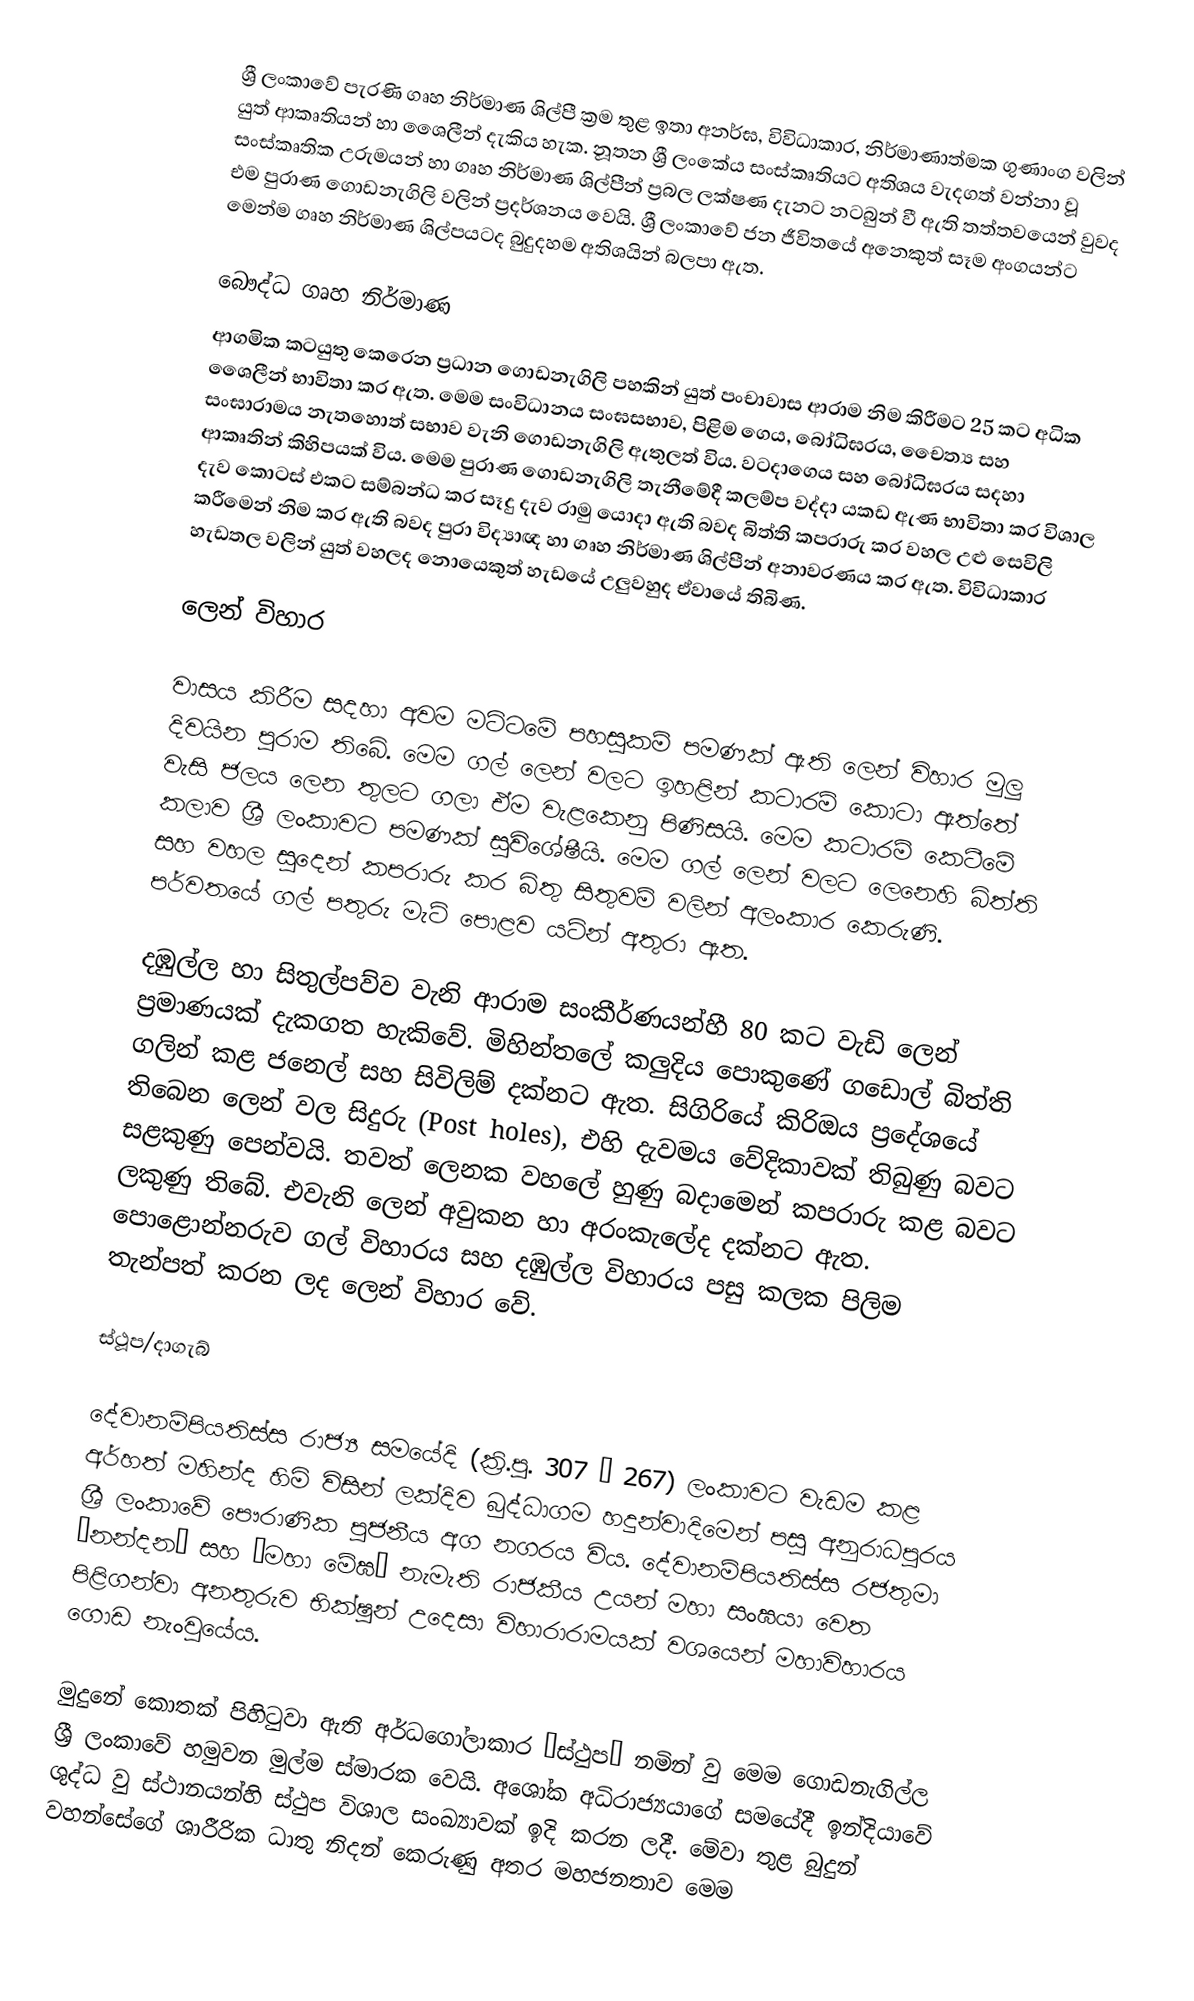
ශ්‍රී ලංකාවේ පැරණි ගෘහ නිර්මාණ ශිල්පී ක්‍රම තුළ ඉතා අනර්ඝ, විවිධාකාර, නිර්මාණාත්මක ගුණාංග වලින් යුත් ආකෘතියන් හා ශෛලීන් දැකිය හැක. නූතන ශ්‍රී ලංකේය සංස්කෘතියට අතිශය වැදගත් වන්නා වූ සංස්කෘතික උරුමයන් හා ගෘහ නිර්මාණ ශිල්පීන්  ප්‍රබල ලක්ෂණ දැනට නටබුන් වී ඇති තත්තවයෙන් වුවද එම පුරාණ ගොඩනැගිලි වලින් ප්‍රදර්ශනය වෙයි. ශ්‍රී ලංකාවේ ජන ජීවිතයේ අනෙකුත් සෑම අංගයන්ට මෙන්ම ගෘහ නිර්මාණ ශිල්පයටද බුදුදහම අතිශයින් බලපා ඇත.

බෞද්ධ ගෘහ නිර්මාණ
ආගමික කටයුතු කෙරෙන ප්‍රධාන ගොඩනැගිලි පහකින් යුත් පංචාවාස ආරාම නිම කිරීමට 25 කට අධික ශෛලීන් භාවිතා කර ඇත. මෙම සංවිධානය සංඝසභාව, පිළිම ගෙය, බෝධිඝරය, චෛත්‍ය සහ සංඝාරාමය නැතහොත් සභාව වැනි ගොඩනැගිලි ඇතුලත් විය. වටදාගෙය සහ බෝධිඝරය සදහා ආකෘතින් කිහිපයක් විය. මෙම පුරාණ ගොඩනැගිලි තැනීමේදී කලම්ප වද්දා යකඩ ඇණ භාවිතා කර විශාල දැව කොටස් එකට සම්බන්ධ කර සෑදු දැව රාමු යොදා ඇති බවද බිත්ති කපරාරු කර වහල උළු සෙවිලි කරීමෙන් නිම කර ඇති බවද පුරා විද්‍යාඥ හා ගෘහ නිර්මාණ ශිල්පීන් අනාවරණය කර ඇත. විවිධාකාර හැඩතල වලින් යුත් වහලද නොයෙකුත් හැඩයේ උලුවහුද ඒවායේ තිබිණ.

ලෙන් විහාර

වාසය කිරීම සදහා අවම මට්ටමේ පහසුකම් පමණක් ඇති ලෙන් විහාර මුලු දිවයින පුරාම තිබේ. මෙම ගල් ලෙන් වලට ඉහළින් කටාරම් කොටා ඇත්තේ වැසි ජලය ලෙන තුලට ගලා ඒම වැළකෙනු පිණිසයි. මෙම කටාරම් කෙටීමේ කලාව ශ්‍රී ලංකාවට පමණක් සුවිශේෂීයි. මෙම ගල් ලෙන් වලට ලෙනෙහි බිත්ති සහ වහල සුදෙන් කපරාරු කර බිතු සිතුවම් වලින් අලංකාර කෙරුණි. පර්වතයේ ගල් පතුරු මැටි පොළව යටින් අතුරා ඇත.

දඹුල්ල හා සිතුල්පව්ව වැනි ආරාම සංකීර්ණයන්හී 80 කට වැඩි ලෙන් ප්‍රමාණයක් දැකගත හැකිවේ. මිහින්තලේ කලුදිය පොකුණේ ගඩොල් බිත්ති ගලින් කළ ජනෙල් සහ සිවිලිම් දක්නට ඇත. සිගිරියේ කිරිඔය ප්‍රදේශයේ තිබෙන ලෙන් වල සිදුරු (Post holes), එහි දැවමය වේදිකාවක් තිබුණු බවට සළකුණු පෙන්වයි. තවත් ලෙනක වහලේ හුණු බදාමෙන් කපරාරු කළ බවට ලකුණු තිබේ. එවැනි ලෙන් අවුකන හා අරංකැලේද දක්නට ඇත. පොළොන්නරුව ගල් විහාරය සහ දඹුල්ල විහාරය පසු කලක පිලිම තැන්පත් කරන ලද ලෙන් විහාර වේ.

ස්ථූප/දාගැබ්

දේවානම්පියතිස්ස රාජ්‍ය සමයේදි (ක්‍රි.පු. 307 – 267) ලංකාවට වැඩම කළ අර්හත් මහින්ද හිමි විසින් ලක්දිව බුද්ධාගම හදුන්වාදිමෙන් පසු අනුරාධපුරය ශ්‍රී ලංකාවේ පෞරාණික පුජනීය අග නගරය විය. දේවානම්පියතිස්ස රජතුමා “නන්දන” සහ “මහා මේඝ” නැමැති රාජකීය උයන් මහා සංඝයා වෙත පිළිගන්වා අනතුරුව භික්ෂුන් උදෙසා විහාරාරාමයක් වශයෙන් මහාවිහාරය ගොඩ නැංවුයේය.

මුදුනේ කොතක් පිහිටුවා ඇති අර්ධගෝලාකාර “ස්ථුප” නමින් වු මෙම ගොඩනැගිල්ල ශ්‍රී ලංකාවේ හමුවන මුල්ම ස්මාරක වෙයි. අශෝක අධිරාජ්‍යයාගේ සමයේදී ඉන්දි‍යාවේ ශුද්ධ වු ස්ථානයන්හි ස්ථුප විශාල සංඛ්‍යාවක් ඉදි කරන ලදී. මේවා තුළ බුදුන් වහන්සේගේ ශාරීරික ධාතු  නිදන් ‍කෙරුණු අතර මහජනතාව මෙම